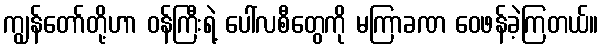
ကျွန်တော်တို့ဟာ ဝန်ကြီးရဲ့ ပေါ်လစီတွေကို မကြာခဏ ဝေဖန်ခဲ့ကြတယ်။